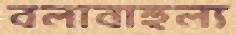
বলাবাহুল্য